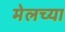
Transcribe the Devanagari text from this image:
मेलच्या